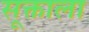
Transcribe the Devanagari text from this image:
सूक्ताला